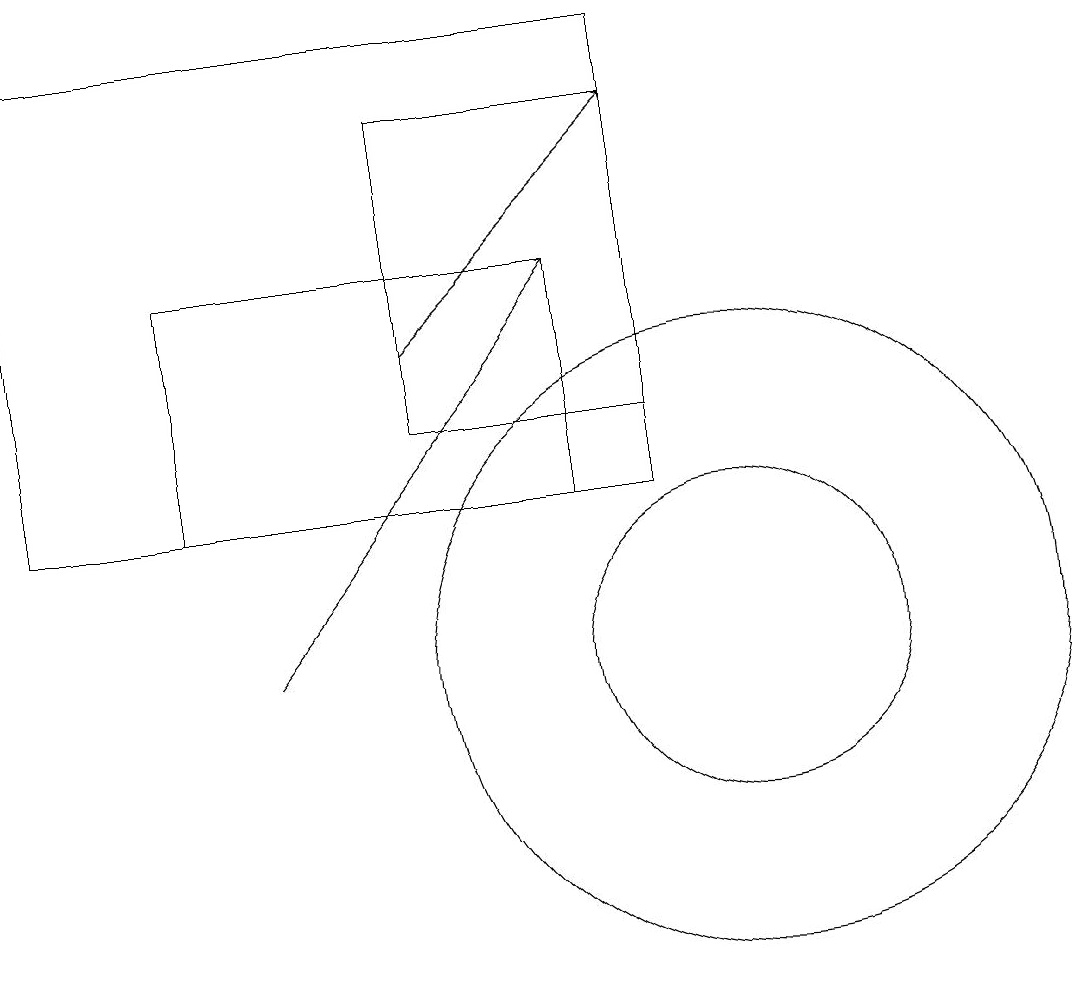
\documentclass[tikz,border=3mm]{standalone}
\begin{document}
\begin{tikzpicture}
\draw[->] (4,11) -- (8,16);
\draw (9,19) rectangle (1,13);
\draw (10,11) circle (2);
\draw (6,14) rectangle (9,18);
\draw (8,16) rectangle (3,13);
\draw[->] (6,15) -- (9,18);
\draw (10,11) circle (4);
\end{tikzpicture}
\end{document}